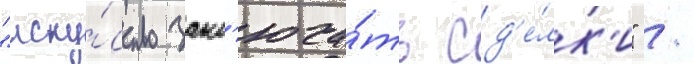
"иску́сство закл'юча́ть сд'е́лк'и" /